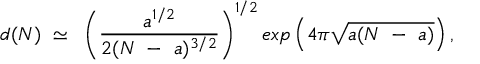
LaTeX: d ( N ) ~ \simeq ~ \left( \frac { a ^ { 1 / 2 } } { 2 ( N ~ - ~ a ) ^ { 3 / 2 } } \right) ^ { 1 / 2 } e x p \left( 4 \pi { \sqrt { a ( N ~ - ~ a ) } } \right) ,